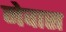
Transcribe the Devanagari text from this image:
नेवास